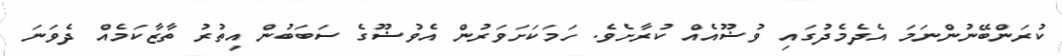
ކުރަންބޭނުންނަމަ އެދެމެދުގައި ވުޟޫއެއް ކުރާށެވެ. ހަމަކަށަވަރުން އެވުޟޫގެ ސަބަބުން އިތުރު ތާޒާކަމެއް ދެވަނަ